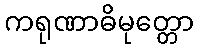
ကရုဏာဓိမုတ္တော